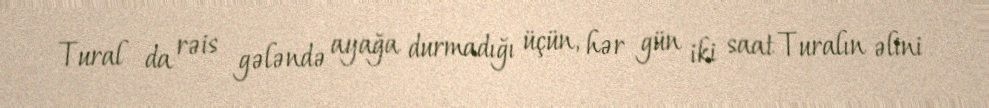
Tural da rəis gələndə ayağa durmadığı üçün, hər gün iki saat Turalın əlini